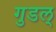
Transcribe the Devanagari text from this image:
गुडल्